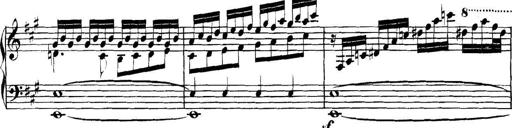
Title: Collected Piano Sonatas
Composer: Muzio Clementi